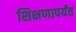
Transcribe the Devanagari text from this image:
शिक्षणापर्यंत